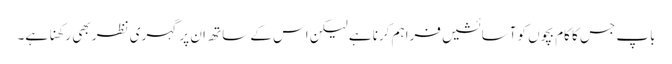
باپ جس کا کام بچوں کو آسائشیں فراہم کرنا ہے لیکن اس کے ساتھ ان پر گہری نظر بھی رکھنا ہے۔